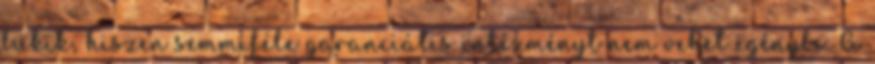
bukik, hiszen semmiféle garanciális intézményt nem vehet igénybe. A